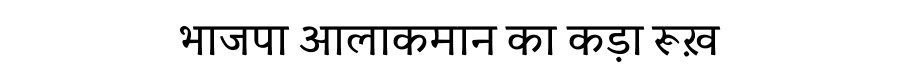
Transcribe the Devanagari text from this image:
भाजपा आलाकमान का कड़ा रूख़